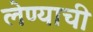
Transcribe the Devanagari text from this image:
लेण्याची